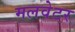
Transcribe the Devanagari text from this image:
मलवेटर